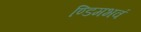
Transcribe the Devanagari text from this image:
ण्डिमभवं